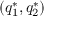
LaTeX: ( q _ { 1 } ^ { * } , q _ { 2 } ^ { * } )